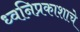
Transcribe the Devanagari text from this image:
ध्वनिप्रकाशाचे